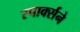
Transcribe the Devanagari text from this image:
स्पार्क्‍सने